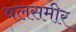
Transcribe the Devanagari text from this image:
थलसमीर